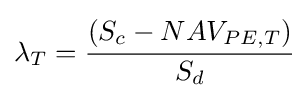
\lambda _{T}={\cfrac {(S_{c}-NAV_{PE,T})}{S_{d}}}